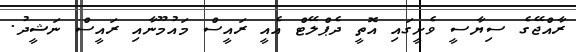
ރާއްޖޭގެ ސިޔާސީ ވެށީގައި އޮތީ ދެޕްލޭޓް އެއީ ރައީސް މައުމޫނާއި ރައީސް ނަޝީދު.